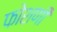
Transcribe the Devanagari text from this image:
फोशणी